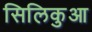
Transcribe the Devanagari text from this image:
सिलिकुआ